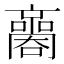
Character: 𡃬